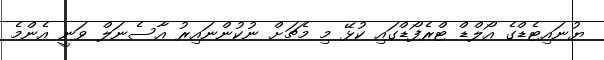
ޔުނައިޓެޑްގެ އޯލްޑް ޓްރެފޯޑްގައި ކުޅޭ މި މެޗަށް ނުކުންނައިރު އާސެނަލް ވަނީ އެންމެ